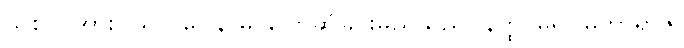
သစ်ပင်အား။ သလ္လပေါနာမ၊ ပြောဆိုခြင်းမည်သည်။ နတ္ထိ၊ မရှိ။ မဟာရာဇ၊